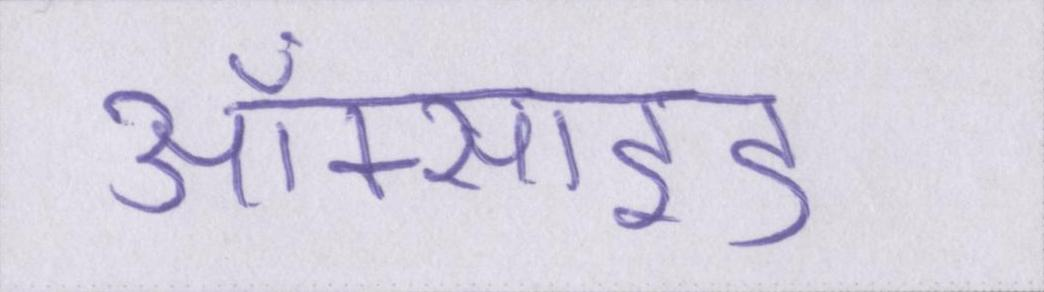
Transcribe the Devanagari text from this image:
ऑक्साइड